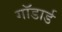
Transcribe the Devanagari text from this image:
गॉडार्ड